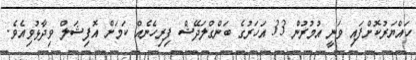
ހައްޔަރުކޮށްފައި ވަނީ އުމުރުން 33 އަހަރުގެ ބަންގްލަދޭޝް ފިރިހެނެއް ކަމަށް އޮފިޝަލް ވިދާޅުވިއެވެ.